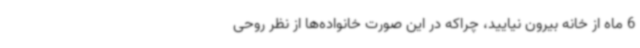
6 ماه از خانه بیرون نیایید، چراکه در این صورت خانواده‌ها از نظر روحی